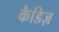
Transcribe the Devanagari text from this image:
कैडिज़